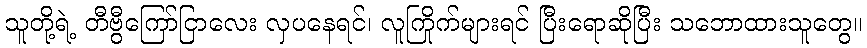
သူတို့ရဲ့ တီဗွီကြော်ငြာလေး လှပနေရင်၊ လူကြိုက်များရင် ပြီးရောဆိုပြီး သဘောထားသူတွေ။